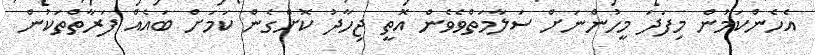
އެެހެންކަމުން މިފަދަ މީހުންނަށް ސަލާމަތްވެވެން އޮތީ ޖިހާދު ކޮށްގެން ކަމަށް ބައެއް ފަރާތްތަކުން